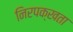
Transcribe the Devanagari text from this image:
निरपक्खता